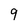
Character: 9